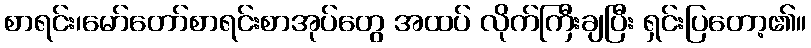
စာရင်း၊မော်တော်စာရင်းစာအုပ်တွေ အထပ် လိုက်ကြီးချပြီး ရှင်းပြတော့၏။